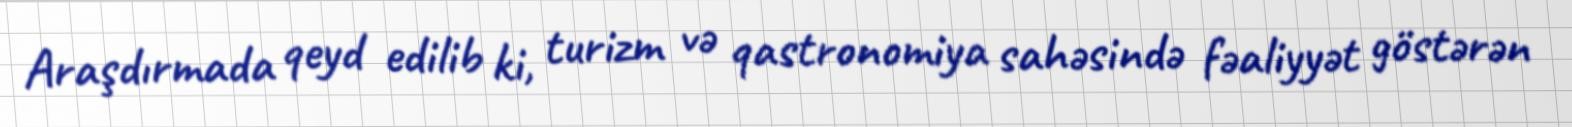
Araşdırmada qeyd edilib ki, turizm və qastronomiya sahəsində fəaliyyət göstərən